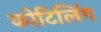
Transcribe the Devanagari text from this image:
कोटिलिंग